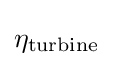
\eta _{\text{turbine}}